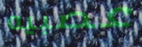
عصبيه